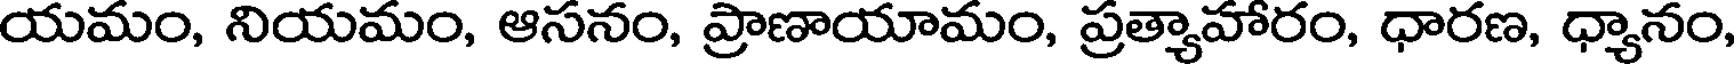
యమం, నియమం, ఆసనం, ప్రాణాయామం, ప్రత్యాహారం, ధారణ, ధ్యానం,